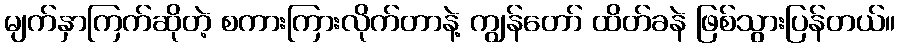
မျက်နှာကြက်ဆိုတဲ့ စကားကြားလိုက်တာနဲ့ ကျွန်တော် ထိတ်ခနဲ ဖြစ်သွားပြန်တယ်။